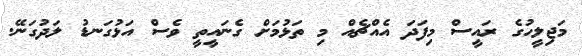
މަޖިލީހުގެ ރައީސް މިފަދަ އެއްޗެއް މި ތަޅުމަށް ގެނައީތީ ވެސް އަޅުގަނޑު ލަދުގަނޭ.